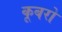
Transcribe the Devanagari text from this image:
कूबरो